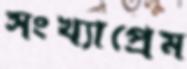
সংখ্যাপ্রেম